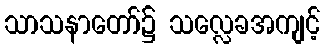
သာသနာတော်၌ သလ္လေခအကျင့်